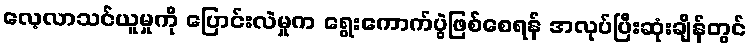
လေ့လာသင်ယူမှုကို ပြောင်းလဲမှုက ရွေးကောက်ပွဲဖြစ်စေရန် အလုပ်ပြီးဆုံးချိန်တွင်